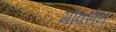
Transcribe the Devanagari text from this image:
मोक्सेन